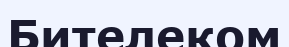
Бителеком